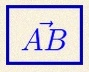
\vec{AB}